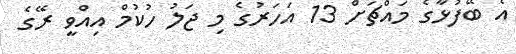
އެ ބޭފުޅާގެ މައްޗަށް 13 އަހަރުގެ މި ޖަލު ހުކުމް އިއްވީ ރޭގެ